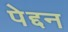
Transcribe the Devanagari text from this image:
पेद्दन